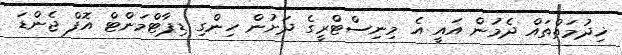
ޚިދުމަތްތައް ދެމުން އައީ އެ މިނިސްޓްރީގެ ދަށުން ހިންގި ޑިޕާޓްމަންޓް އޮފް ޖެންޑަ